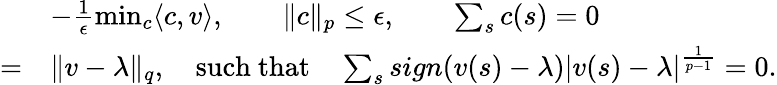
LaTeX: \begin{array}{rl}&{-\frac{1}{\epsilon}\operatorname*{min}_{c}\langle c,v\rangle,\qquad\lVert c\rVert_{p}\leq\epsilon,\qquad\sum_{s}c(s)=0}\\ {=}&{\lVert v-\lambda\rVert_{q},\quad\mathrm{such~that}\quad\sum_{s}sign(v(s)-\lambda)|v(s)-\lambda|^{\frac{1}{p-1}}=0.}\end{array}